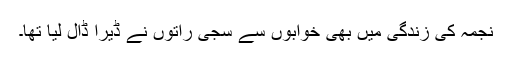
نجمہ کی زندگی میں بھی خوابوں سے سجی راتوں نے ڈیرا ڈال لیا تھا۔